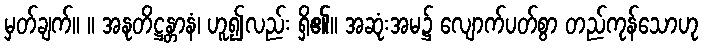
မှတ်ချက်။ ။ အနုတိဋ္ဌန္တာနံ၊ ဟူ၍လည်း ရှိ၏။ အဆုံးအမ၌ လျောက်ပတ်စွာ တည်ကုန်သောဟု